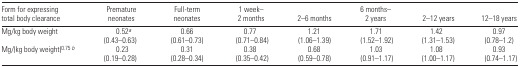
<table><thead><tr><td><b>Form for expressing total body clearance</b></td><td><b>Premature neonates</b></td><td><b>Full-term neonates</b></td><td><b>1 week–2 months</b></td><td><b>2–6 months</b></td><td><b>6 months–2 years</b></td><td><b>2–12 years</b></td><td><b>12–18 years</b></td></tr></thead><tbody><tr><td>Mg/kg body weight</td><td>0.52<i><sup>a</sup></i> (0.43–0.63)</td><td>0.66 (0.61–0.73)</td><td>0.77 (0.71–0.84)</td><td>1.21 (1.06–1.39)</td><td>1.71 (1.52–1.92)</td><td>1.42 (1.31–1.53)</td><td>0.97 (0.78–1.2)</td></tr><tr><td>Mg/(kg body weight)<sup>0.75</sup><i><sup>b</sup></i></td><td>0.23 (0.19–0.28)</td><td>0.31 (0.28–0.34)</td><td>0.38 (0.35–0.42)</td><td>0.68 (0.59–0.78)</td><td>1.03 (0.91–1.17)</td><td>1.08 (1.00–1.17)</td><td>0.93 (0.74–1.17)</td></tr></tbody></table>